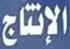
الإنتاج